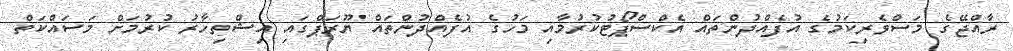
ރާއްޖޭގެ މަސްވެރިކަމުގެ އުފެއްދުންތައް އެކްސްޕޯޓުކުރުމާއި މަހުގެ އުފެއްދުންތައް ޔޫރަޕްގައި އިޝްތިހާރު ކުރުމަށް މަސައްކަތް